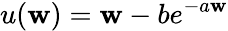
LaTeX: u(\mathbf{w})=\mathbf{w}-be^{-a\mathbf{w}}